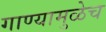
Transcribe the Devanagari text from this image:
गाण्यामुळेच